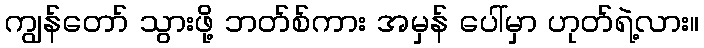
ကျွန်တော် သွားဖို့ ဘတ်စ်ကား အမှန် ပေါ်မှာ ဟုတ်ရဲ့လား။